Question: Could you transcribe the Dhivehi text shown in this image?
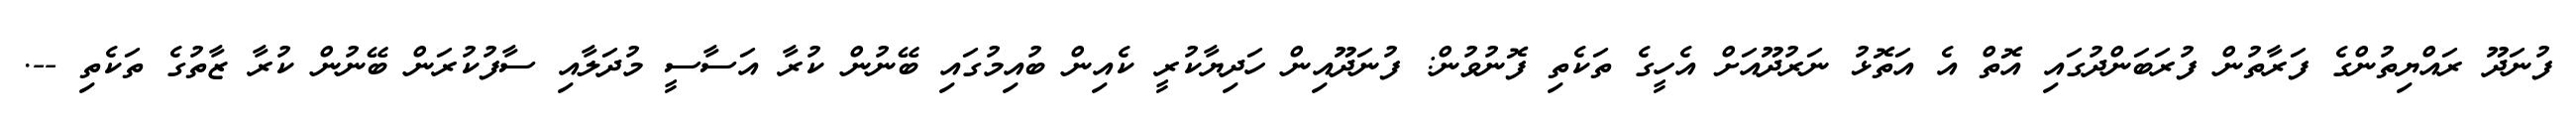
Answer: ފުނަދޫ ރައްޔިތުންގެ ފަރާތުން ފުރަބަންދުގައި އޮތް އެ އަތޮޅު ނަރުދޫއަށް އެހީގެ ތަކެތި ފޮނުވުން: ފުނަދޫއިން ހަދިޔާކުރީ ކެއިން ބުއިމުގައި ބޭނުން ކުރާ އަސާސީ މުދަލާއި ސާފުކުރަން ބޭނުން ކުރާ ޒާތުގެ ތަކެތި --.